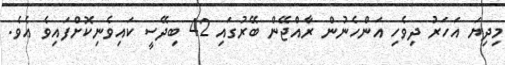
މިދިޔަ އަހަރު ދިވެހި އަންހެނުން ރާއްޖޭން ބޭރުގައި 42 ބިދޭސީ ކައިވެނިކޮށްފައިވެ އެވެ.